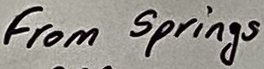
Text: From Springs